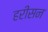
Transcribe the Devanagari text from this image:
हरीसन